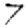
Digit: 7